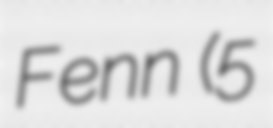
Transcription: Fenn (5